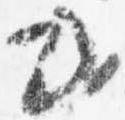
或